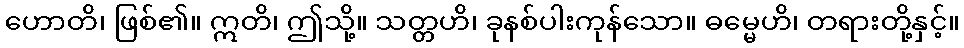
ဟောတိ၊ ဖြစ်၏။ ဣတိ၊ ဤသို့။ သတ္တဟိ၊ ခုနစ်ပါးကုန်သော။ ဓမ္မေဟိ၊ တရားတို့နှင့်။